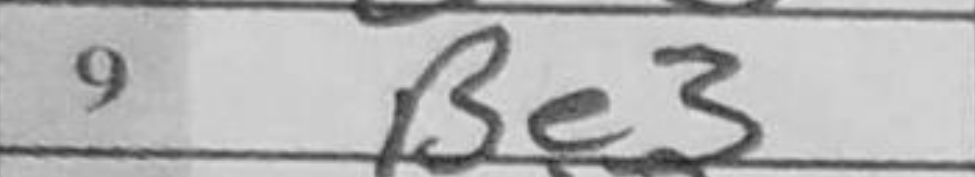
Transcription: Be3